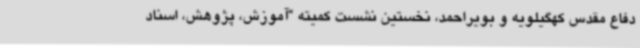
دفاع مقدس کهگیلویه و بویراحمد، نخستین نشست کمیته “آموزش، پژوهش، اسناد